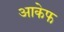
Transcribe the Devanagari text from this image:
आकेफ